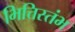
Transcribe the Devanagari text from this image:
भित्तिस्तंभ